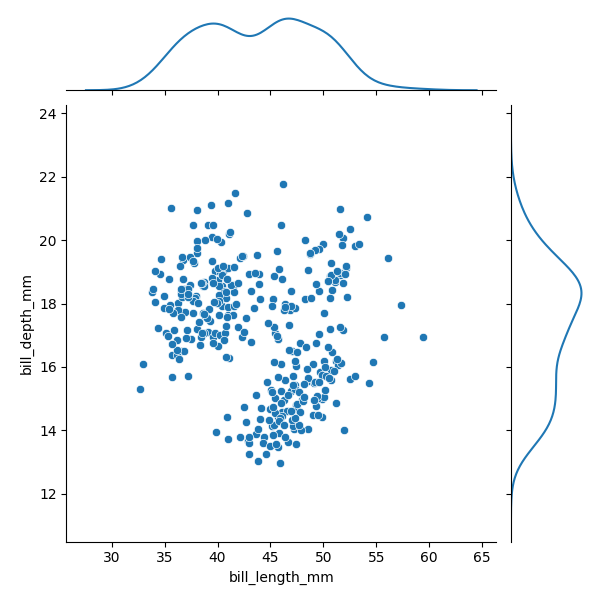
python, seaborn, JointGrid, scatterplot, kdeplot